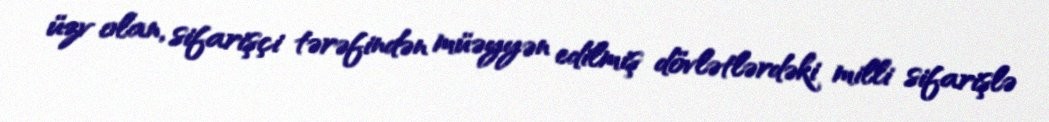
üzv olan, sifarişçi tərəfindən müəyyən edilmiş dövlətlərdəki milli sifarişlə